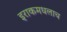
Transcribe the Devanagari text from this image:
इराकमधलाच